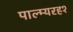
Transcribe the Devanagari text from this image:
पाल्म्यरह१